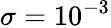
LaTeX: \sigma=10^{-3}